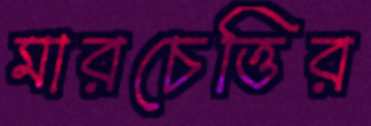
মারচেত্তির